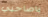
ياصاحبي